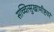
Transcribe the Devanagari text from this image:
सच्चित्सुखाभीष्टवरं